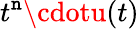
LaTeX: t^{\mathtt{n}}\cdotu(t)